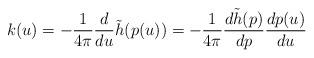
LaTeX: \begin{align*}k(u)=-\frac{1}{4\pi}\frac{d}{du}\tilde h(p(u))=-\frac{1}{4\pi}\frac{d\tilde h(p)}{dp}\frac{dp(u)}{du}\end{align*}